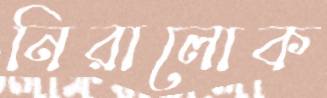
নিরালোক